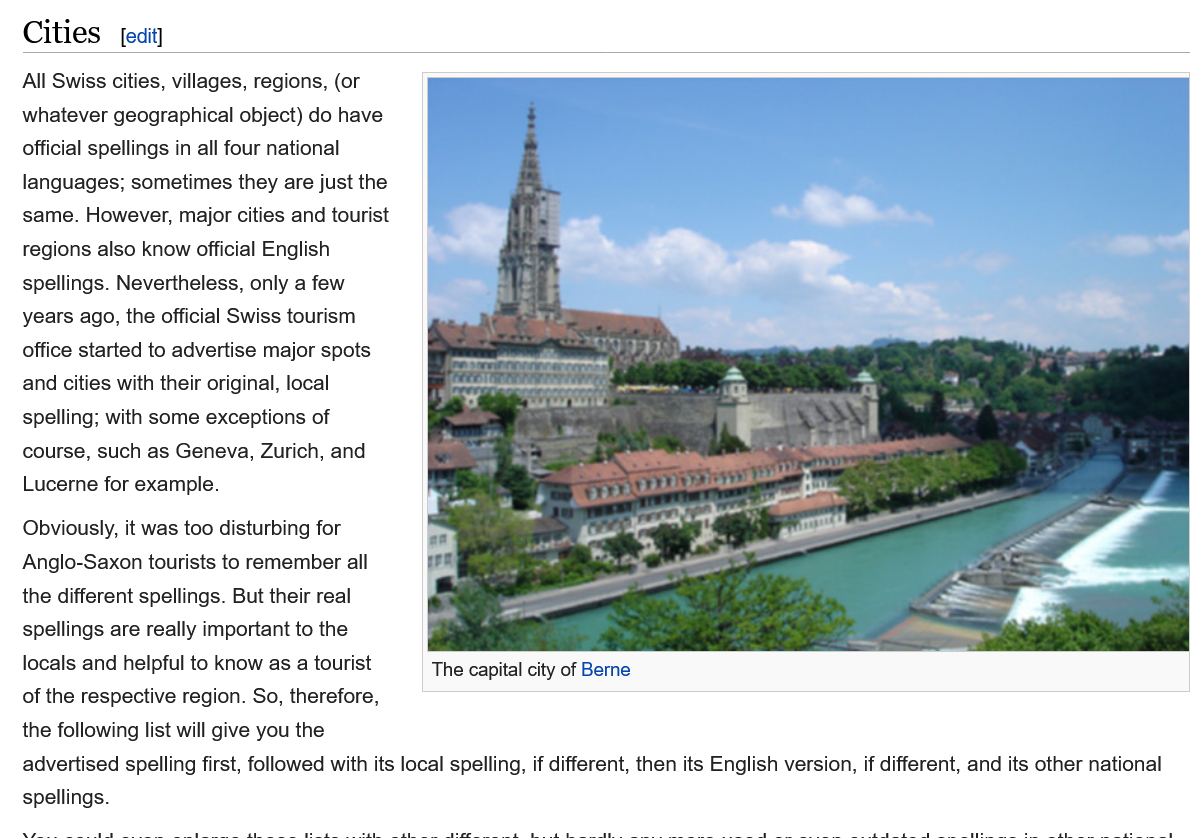
Cities    edit]
     The capital city of Berne
   All Swiss cities, villages, regions, (or
   whatever geographical object) do have
   Official spellings in all four national
   languages; sometimes they  are just the
   same.  However, major cities and tourist
   regions also know official English
   spellings. Nevertheless, only a few
   years ago, the official Swiss tourism
   office started to advertise major spots
   and cities with their original, local
   spelling; with some exceptions of
   course, such as Geneva, Zurich, and
   Lucerne for example.
   Obviously, it was too disturbing for
   Anglo-Saxon tourists to remember all
   the different spellings. But their real
   spellings are really important to the

   locals and helpful to know as a tourist   The capital city of Berne
   of the respective region. So, therefore,
   the following list will give you the
   advertised spelling first, followed with its local spelling, if different, then its English version, if different, and its other national
   spellings.